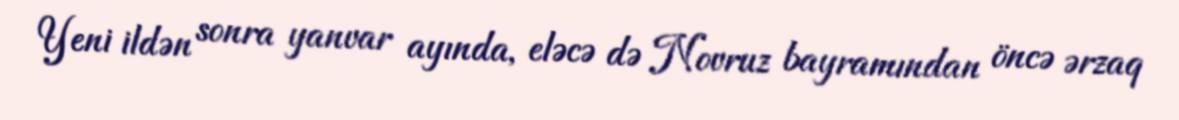
Yeni ildən sonra yanvar ayında, eləcə də Novruz bayramından öncə ərzaq